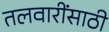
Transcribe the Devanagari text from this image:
तलवारींसाठी